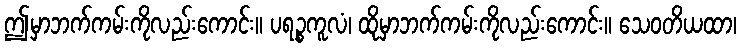
ဤမှာဘက်ကမ်းကိုလည်းကောင်း။ ပရဉ္စကူလံ၊ ထိုမှာဘက်ကမ်းကိုလည်းကောင်း။ သေဝတိယထာ၊